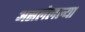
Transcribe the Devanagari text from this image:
असलेलल्या